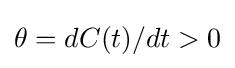
\theta =dC(t)/dt>0